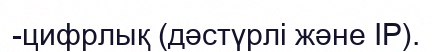
-цифрлық (дәстүрлі және IP).